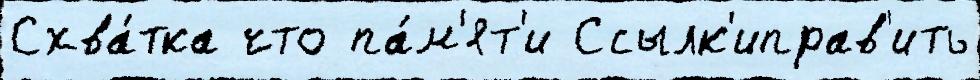
Схва́тка что па́м'ят'и Ссылк'иправ'ить